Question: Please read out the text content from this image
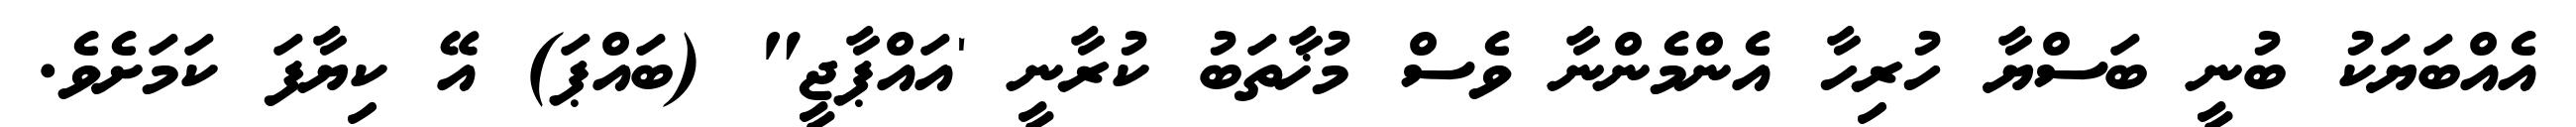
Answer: އެއްބަޔަކު ބުނީ ބަސްޔާ ހުރިހާ އެންމެންނާ ވެސް މުޚާތަބު ކުރާނީ 'އައްޕާޖީ" (ބައްޕަ) އޭ ކިޔާފަ ކަމަށެވެ.